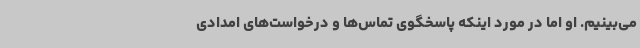
می‌بینیم. او اما در مورد اینکه پاسخگوی تماس‌ها و درخواست‌های امدادی